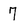
Character: 7